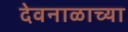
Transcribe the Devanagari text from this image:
देवनाळाच्या